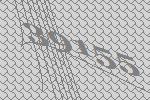
39155